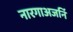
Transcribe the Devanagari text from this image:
नारगाअजर्नि